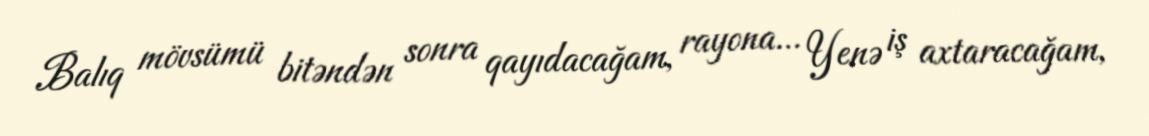
Balıq mövsümü bitəndən sonra qayıdacağam, rayona... Yenə iş axtaracağam,